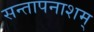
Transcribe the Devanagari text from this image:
सन्तापनाशम्